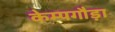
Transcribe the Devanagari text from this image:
केम्पगौड़ा